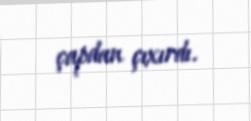
çapdan çıxırdı.